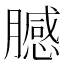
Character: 𱼞